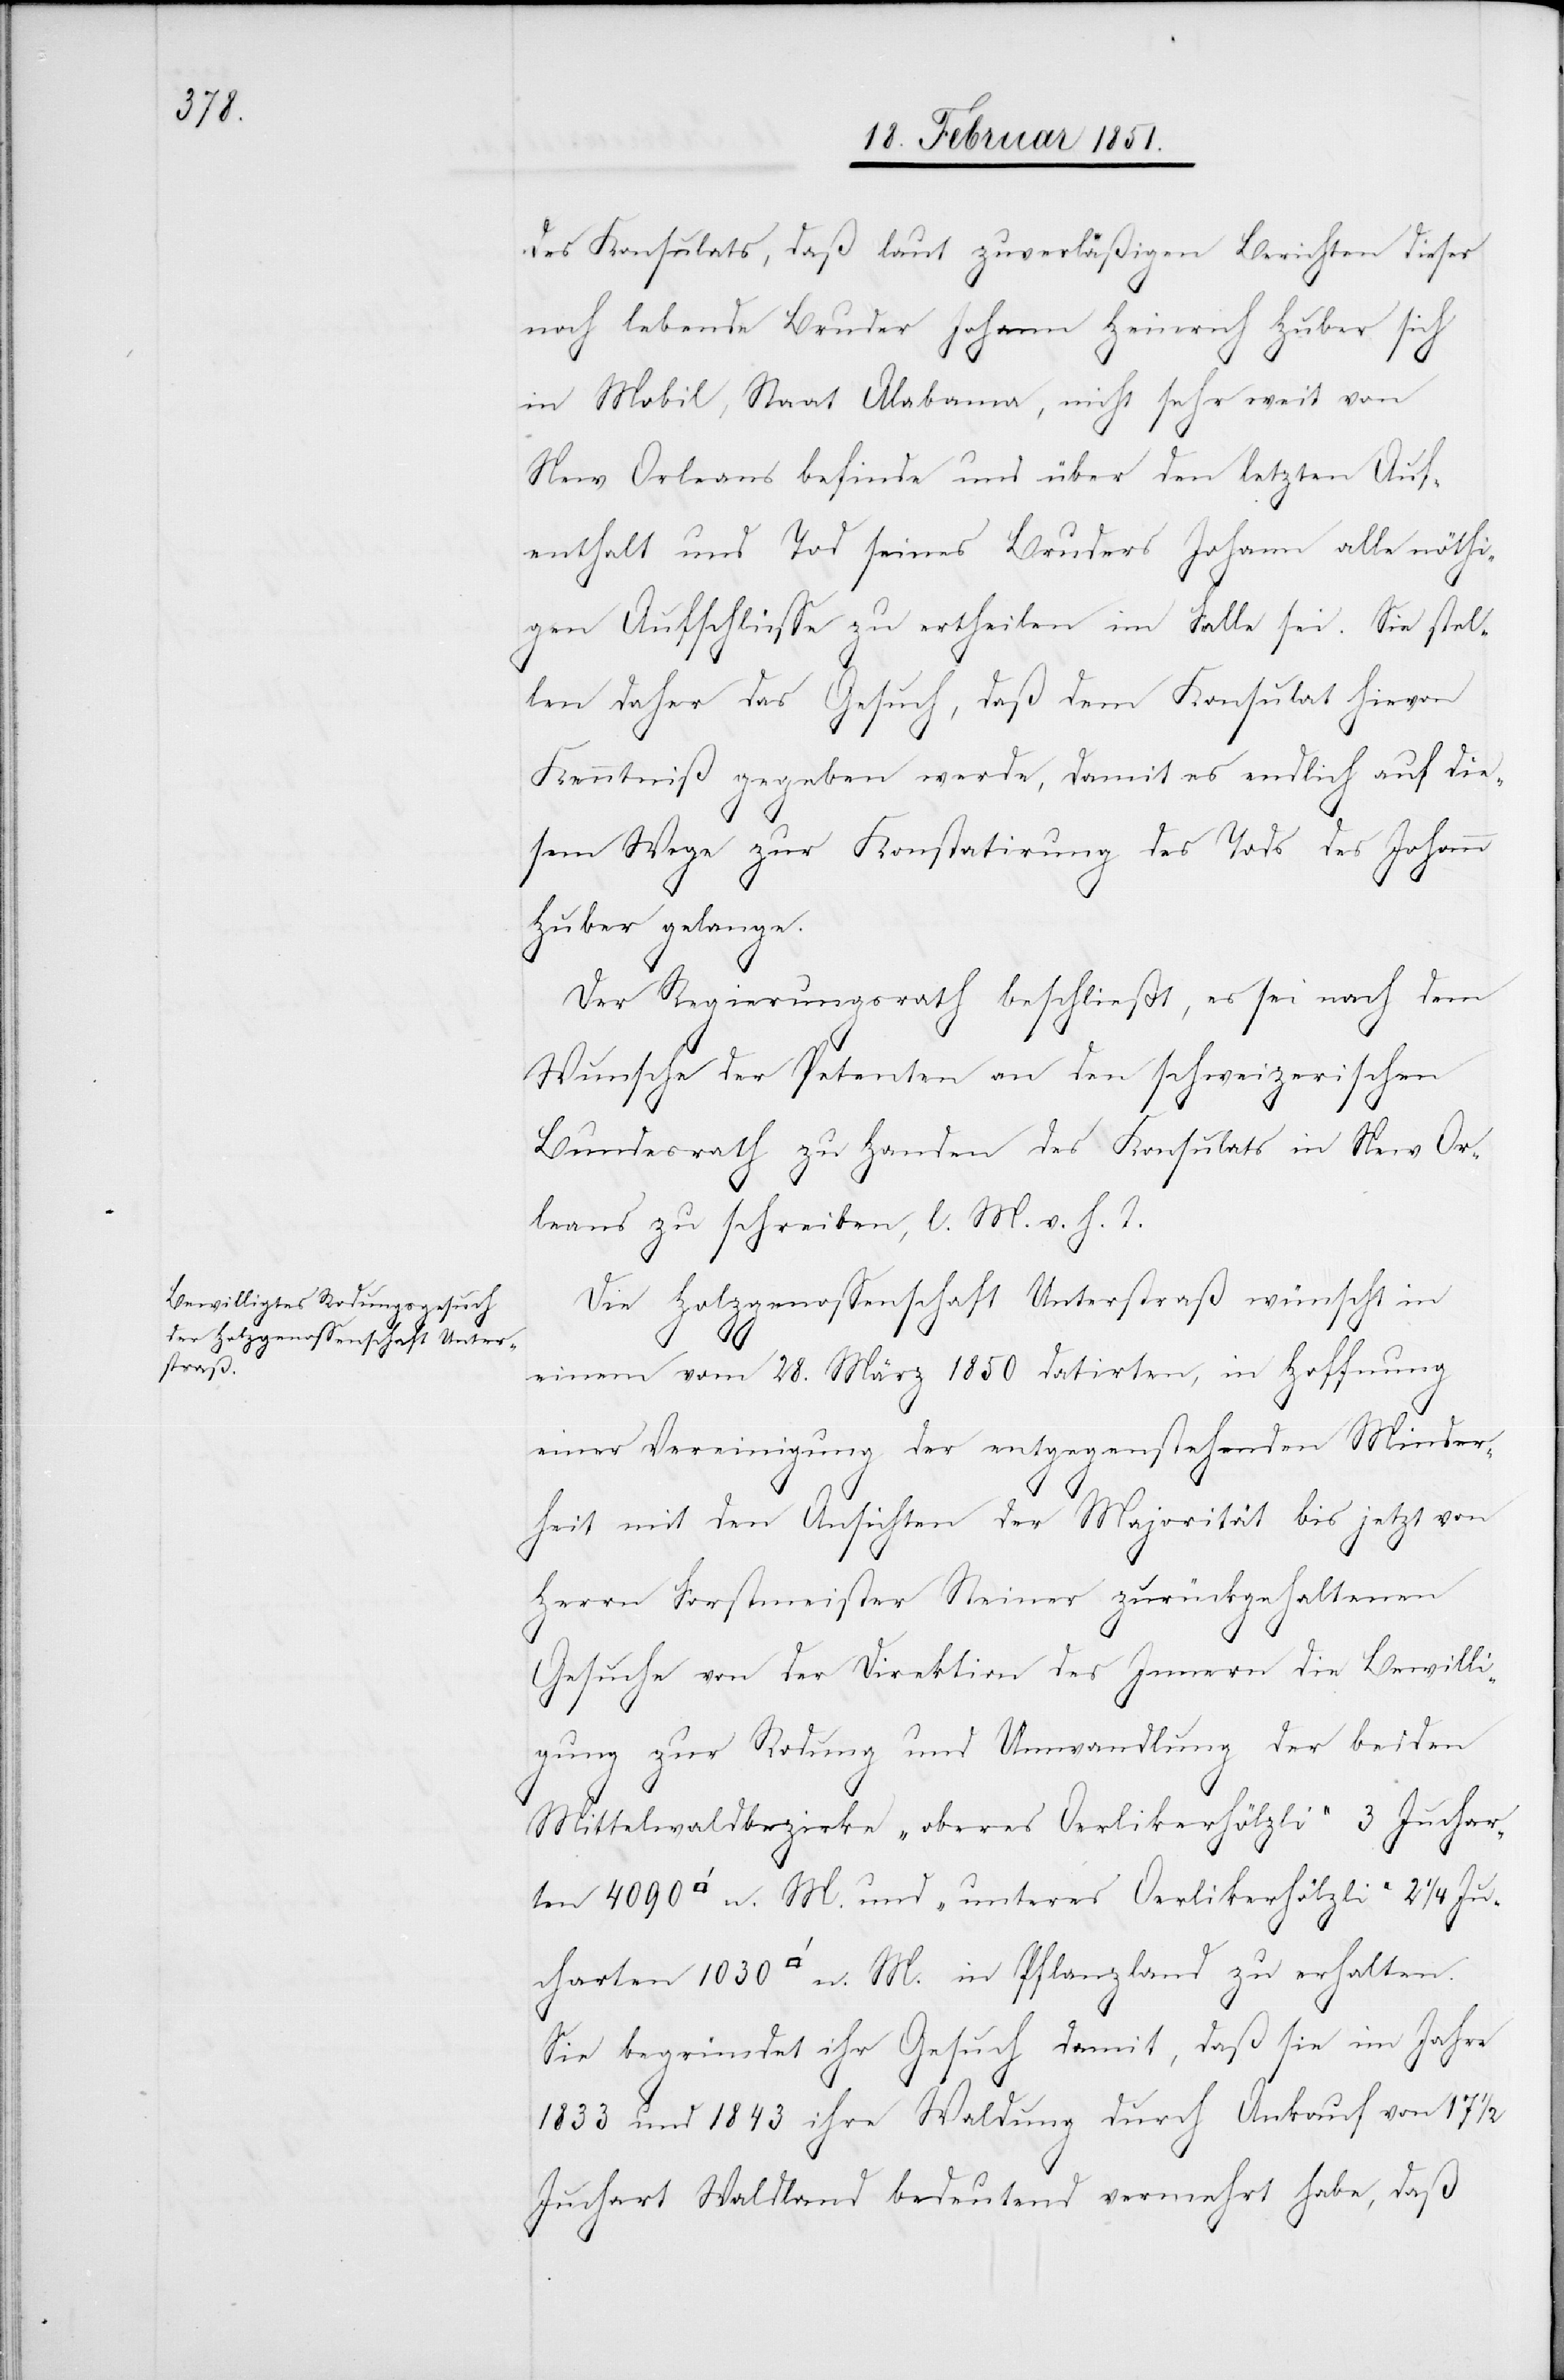
des Konsulats, daß laut zuverläßigen Berichten dieser
noch lebende Bruder Johann Heinrich Huber sich
in Mobil, Staat Alabama, nicht sehr weit von
New Orleans befinde und über den letzten Auf¬
enthalt und Tod seines Bruders Johann alle nöthi¬
gen Aufschlüsse zu ertheilen im Falle sei. Sie stel¬
len daher das Gesuch, daß dem Konsulat hievon
Kenntniß gegeben werde, damit es endlich auf die¬
sem Wege zur Konstatirung des Tods des Johann
Huber gelange.
Der Regierungsrath beschließt, es sei nach dem
Wunsche der Petenten an den schweizerischen
Bundesrath zu Handen des Konsulats in New Or¬
leans zu schreiben, l. M. v. h. T.
Die Holzgenossenschaft Unterstraß wünscht in
einem vom 28. März 1850 datirten, in Hoffnung
einer Vereinigung der entgegenstehenden Minder¬
heit mit den Ansichten der Majorität bis jetzt von
Herrn Forstmeister Steiner zurückgehaltenen
Gesuche von der Direktion des Innern die Bewilli¬
gung zur Rodung und Umwandlung der beiden
Mittelwaldbezirke „oberes Oerlikerholzli“ 3 Juchar¬
ten 4090 [Quadratfuß] n. M. und „unteres Oerlikerhölzli“ 2 1/4 Ju¬
charten 1030 [Quadratfuß] n. M. in Pflanzland zu erhalten.
Sie begründet ihr Gesuch damit, daß sie im Jahre
1833 und 1843 ihre Waldung durch Ankauf von 17 1/2
Juchart Waldland bedeutend vermehrt habe, daß